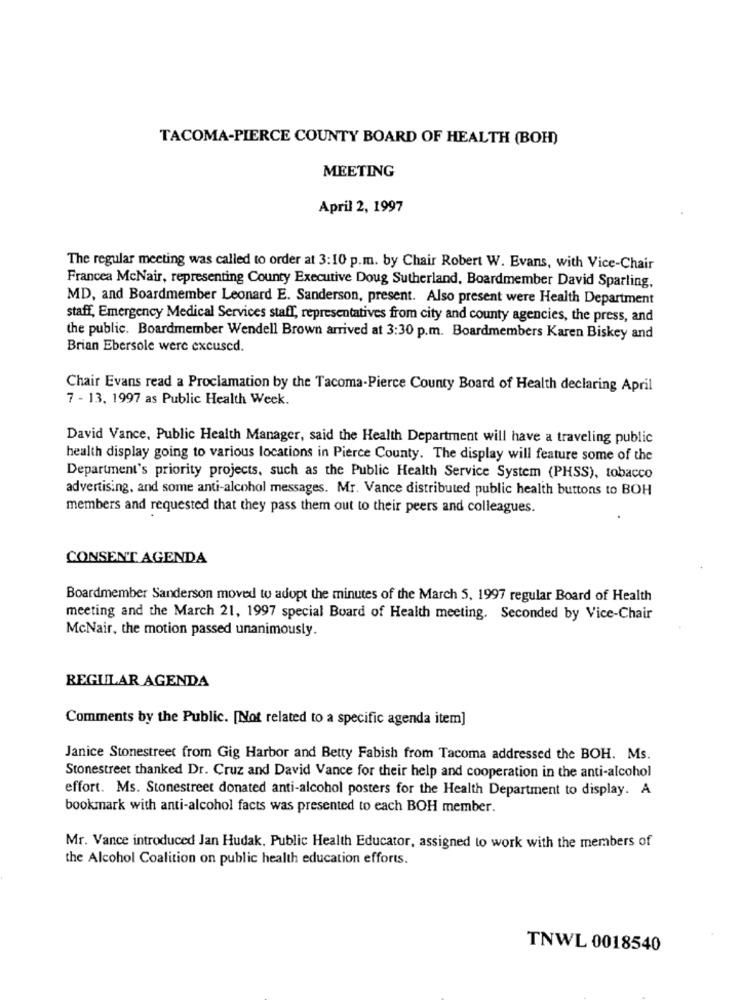
TACOMA-PIERCE COUNTY BOARD OF HEALTH (BOH)
MEETING
April 2, 1997
The regular meeting was called to order at 3:10 p.m. by Chair Robert W. Evans, with Vice-Chair
Francea McNair, representing County Executive Doug Sutherland, Boardmember David Sparling.
MD, and Boardmember Leonard E. Sanderson, present. Also present were Health Department
staff, Emergency Medical Services staff, representatives from city and county agencies, the press, and
the public. Boardmember Wendell Brown arrived at 3:30 p.m. Boardmembers Karen Biskey and
Brian Ebersole were excused.
Chair Evans read a Proclamation by the Tacoma-Pierce County Board of Health declaring April
7 - 13, 1997 as Public Health Week.
David Vance, Public Health Manager, said the Health Department will have a traveling public
health display going to various locations in Pierce County. The display will feature some of the
Department's priority projects, such as the Public Health Service System (PHSS), tobacco
advertising, and some anti-alcohol messages. Mr. Vance distributed public health buttons to BOH
members and requested that they pass them out to their peers and colleagues.
CONSENT AGENDA
Boardmember Sanderson moved to adopt the minutes of the March 5, 1997 regular Board of Health
meeting and the March 21, 1997 special Board of Health meeting. Seconded by Vice-Chair
McNair, the motion passed unanimously.
REGULAR AGENDA
Comments by the Public. [Not related to a specific agenda item]
Janice Stonestreet from Gig Harbor and Betty Fabish from Tacoma addressed the BOH. Ms.
Stonestreet thanked Dr. Cruz and David Vance for their help and cooperation in the anti-alcohol
effort. Ms. Stonestreet donated anti-alcohol posters for the Health Department to display. A
bookmark with anti-alcohol facts was presented to each BOH member.
Mr. Vance introduced Jan Hudak, Public Health Educator, assigned to work with the members of
the Alcohol Coalition on public health education efforts.
TNWL 0018540